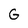
Character: G